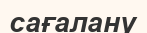
сағалану